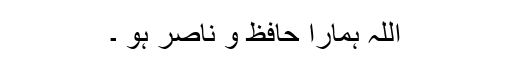
اللہ ہمارا حافظ و ناصر ہو ۔